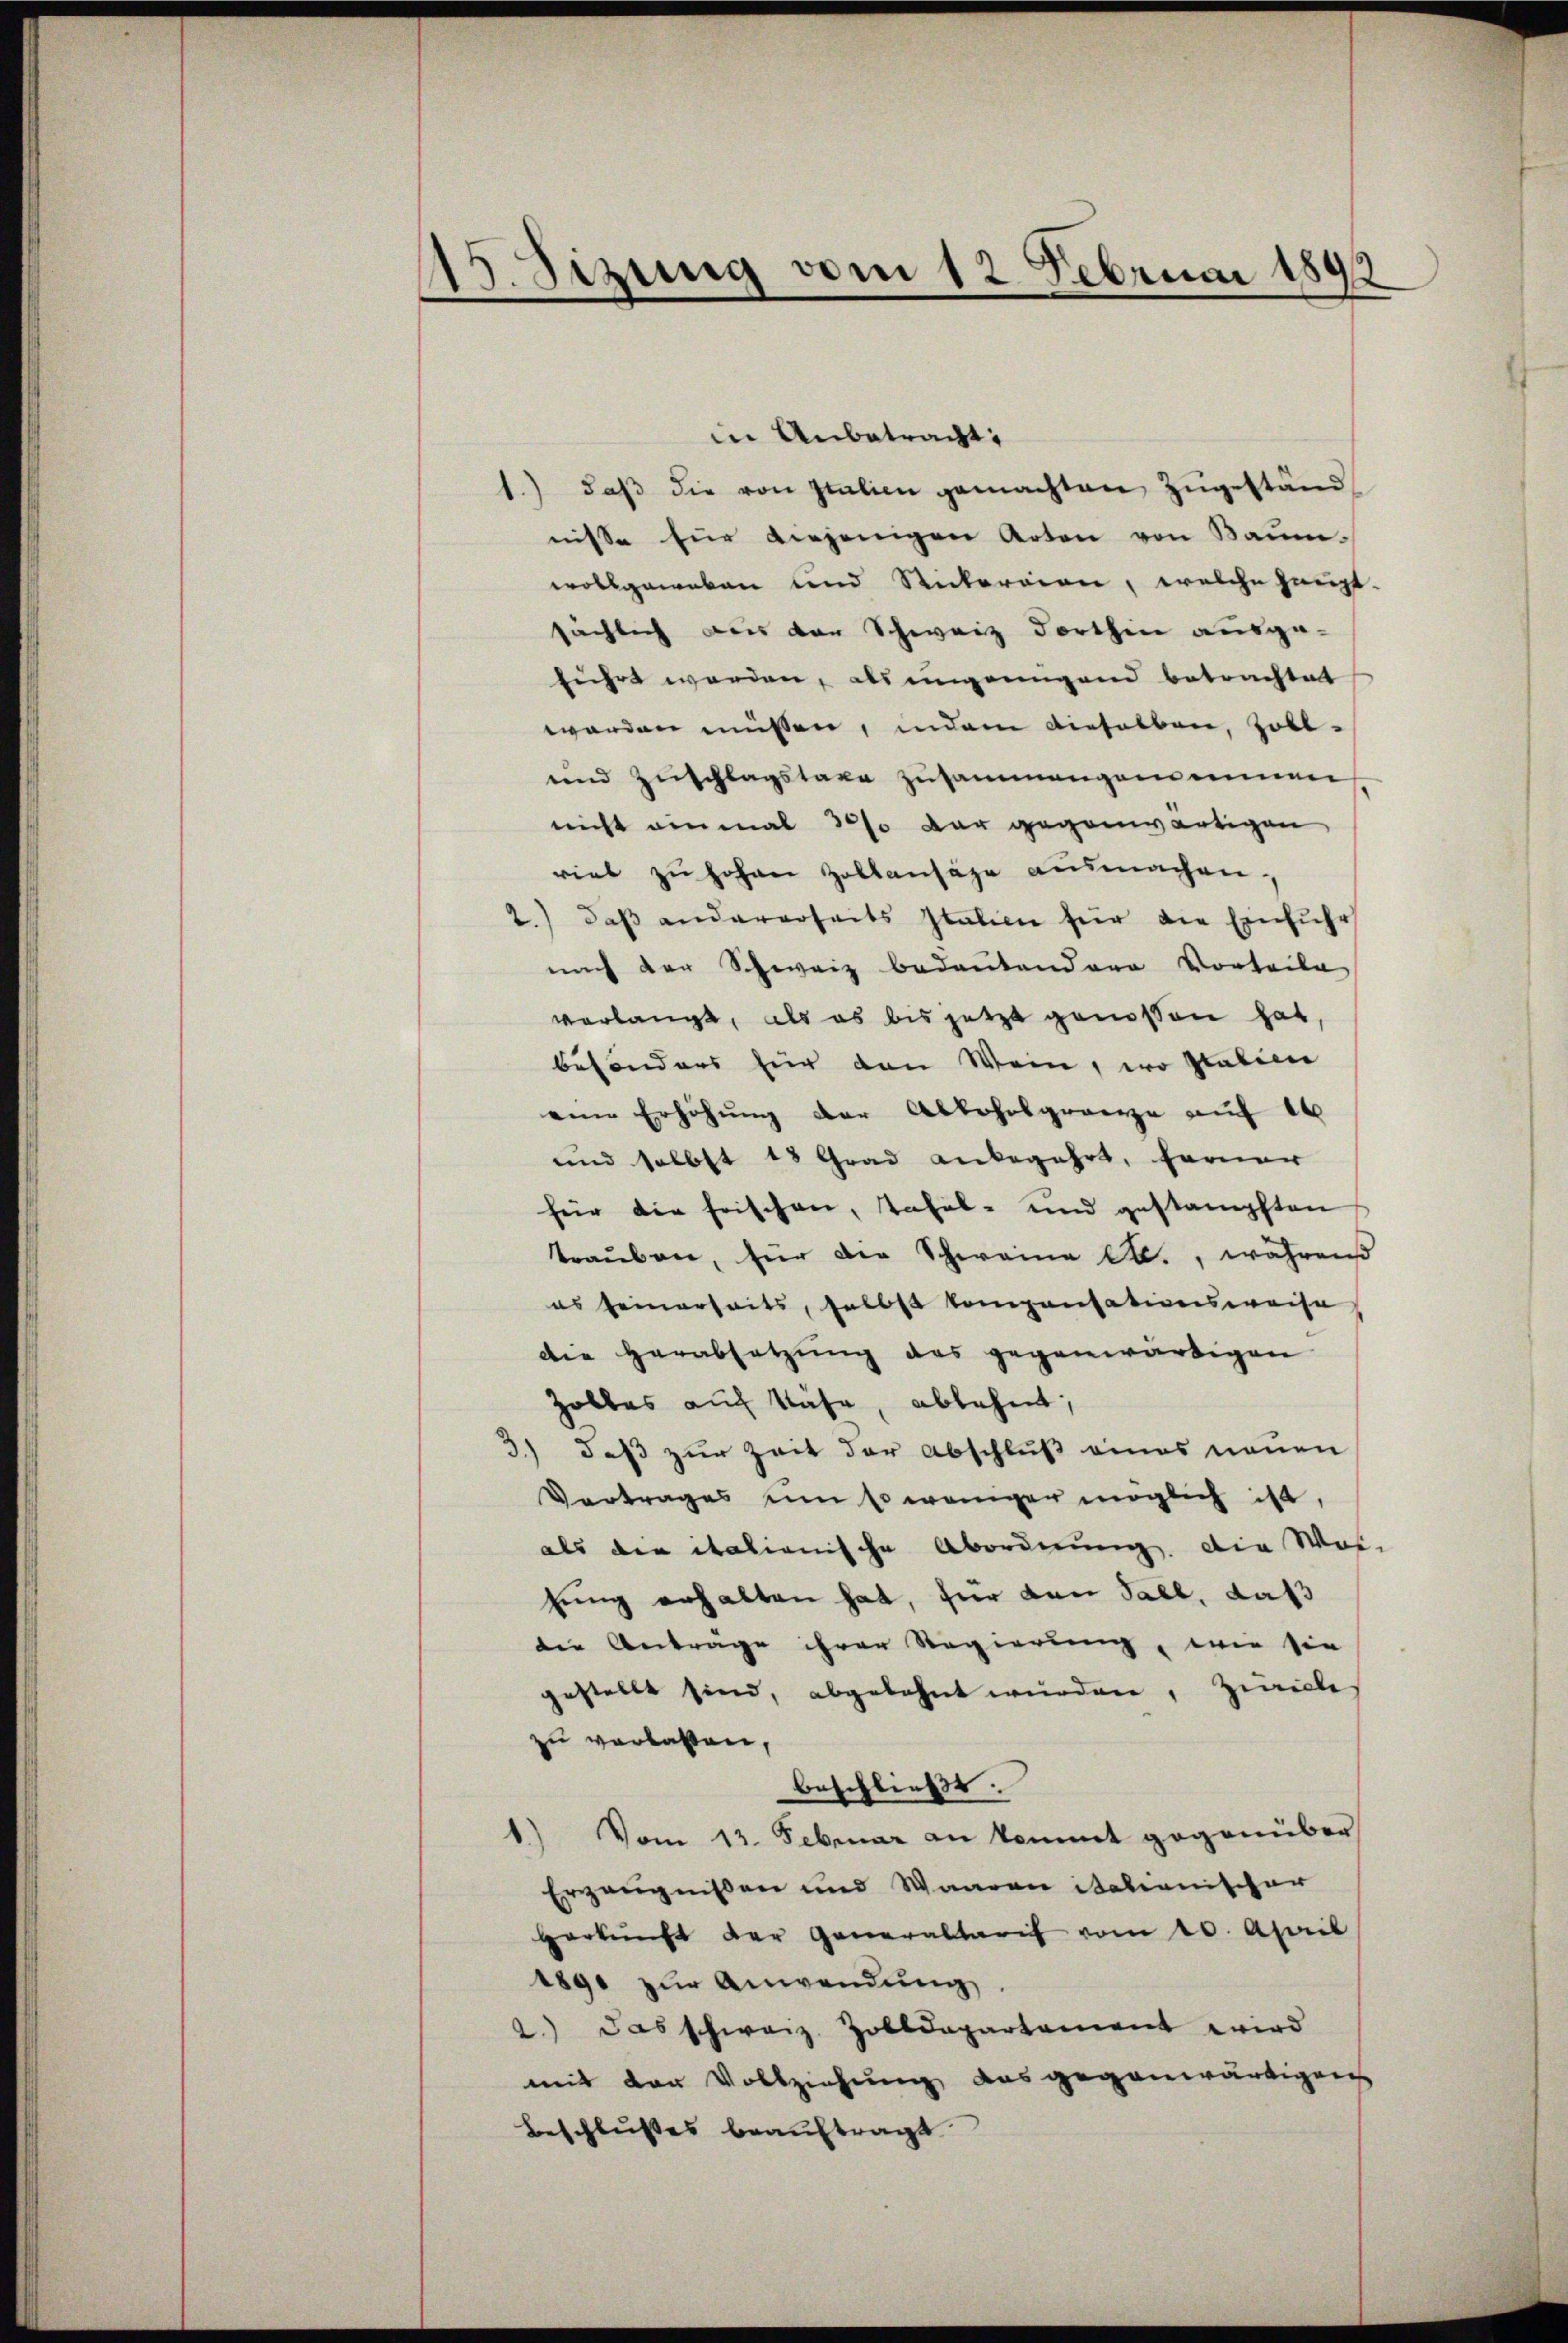
Sizung vom 12. Februar 1899
¬

in Anbetracht:
1.) daβ die von Italien gemachten Zugeständ
nisse für diejenigen Arten von Baum-
wollgeweben und Rickereien, welche haupt-
sächlich aus der Schweiz dorthin ausge-
führt werden, als ungenügend betrachtet
worden müssen, indem dieselben, soll-
und Zuschlagstaxe zusammengemeinnen
nicht einmal 2 % der gegenwärtigen
riet zŭ hohen Zollansähe ausmachen.
2.) daβ andererseits Italien für die Einführ
nach der Schweiz bedeutendere Vorteile
verlangt, als es bis jetzt genossen hat
besonders für den Wein, wo Italien
eine Erhöhung der Abkohrsgrenze auf 16
und selbst 18 Grad anbegehrt, ferner
für die Frischen, Tafel- und gestampften
trauben, für die Schweine C., währens
es seinerseits, selbst kompensationsweise
die Herabsetzŭng des gegenwärtigen
Zolles auf Nähe, ablehnt,
3.) daß zur Zeit der Abschluß eines neuen
Vertrages um Es weniger möglich ist,
als der italionische Abordnung die Wai-
hung erhalten hat, für den Fall, daß
die Anträge ihrer Regierung, wie sie
gestellt sind, abgelehnt wurden, Zwicke
zu verlassen,
beschließt:
1) Vom 13. Februar an kommt gegenüber
Erzeugnissen und Waaren italianischer
Herkunft der Generaltarif vom 20. April
1890 zur Anwendung
2.) das schweiz. Zolldepartament wird
mit der Vollziehung das gegenwärtigen
Beschlusses beauftragt